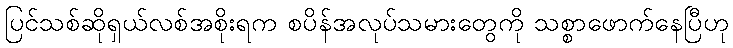
ပြင်သစ်ဆိုရှယ်လစ်အစိုးရက စပိန်အလုပ်သမားတွေကို သစ္စာဖောက်နေပြီဟု